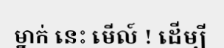
ម្នាក់ នេះ មើល៍ ! ដើម្បី